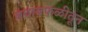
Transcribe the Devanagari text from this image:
बचावफळीतून